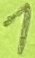
Text: 1